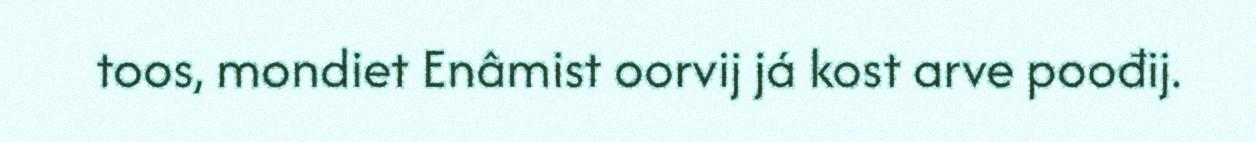
toos, mondiet Enâmist oorvij já kost arve poođij.